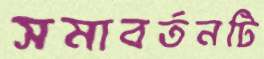
সমাবর্তনটি